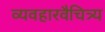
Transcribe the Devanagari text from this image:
व्यवहारवैचित्र्य